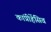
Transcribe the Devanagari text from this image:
कांप्रीहेंसिव